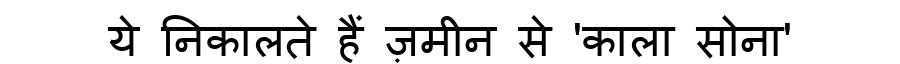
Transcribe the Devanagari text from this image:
ये निकालते हैं ज़मीन से 'काला सोना'